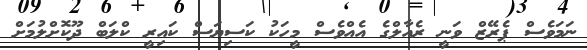
ނަމަވެސް ޕެރޭޒް ވަނީ ރެއާލްގެ އެއްވެސް މީހަކު ކަސިޔަސް ކައިރީ ކްލަބް ދޫކޮށްލުމަށް